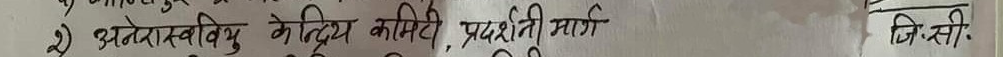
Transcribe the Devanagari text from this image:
२) अनेरास्ववियू केन्द्रिय कमिटी, प्रदर्शनीमार्ग
जि. सी.